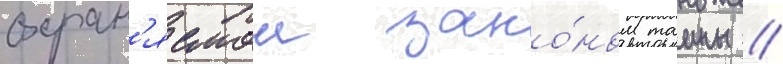
охран'яемои зако́ном таины //